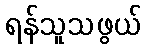
ရန်သူသဖွယ်